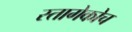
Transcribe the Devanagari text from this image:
स्तागेकोच